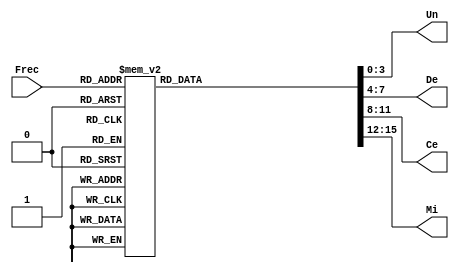
`timescale 1ns / 1ps
//////////////////////////////////////////////////////////////////////////////////
// Company: 
// Engineer: 
// 
// Design Name: 
// Module Name:    Codifica_Frecuencia 
// Project Name: 
// Target Devices: 
// Tool versions: 
// Description: 
//
// Dependencies: 
//
// Revision: 
// Revision 0.01 - File Created
// Additional Comments: 
//
//////////////////////////////////////////////////////////////////////////////////
module Codifica_Frecuencia(
    input [2:0] Frec,
    output reg [3:0] Un,
    output reg [3:0] De,
    output reg [3:0] Ce,
    output reg [3:0] Mi
    );

always @*
begin
	case (Frec)
	
	//Con Frec = 000 el numero a mostrar es 30.
	3'b000:begin
		Un <= 4'b0000;
		De <= 4'b0011;
		Ce <= 4'b1010;	//Apagado
		Mi <= 4'b1010;	//Apagado
	end
	
	3'b001:begin
		Un <= 4'b0000;
		De <= 4'b0101;
		Ce <= 4'b1010;
		Mi <= 4'b1010;
	end
	
	3'b010:begin
		Un <= 4'b0101;
		De <= 4'b0111;
		Ce <= 4'b1010;
		Mi <= 4'b1010;
	end
	
	3'b011:begin
		Un <= 4'b0000;
		De <= 4'b0000;
		Ce <= 4'b0001;
		Mi <= 4'b1010;
	end
	
	3'b100:begin
		Un <= 4'b0101;
		De <= 4'b0010;
		Ce <= 4'b0001;
		Mi <= 4'b1010;
	end
	
	3'b101:begin
		Un <= 4'b0000;
		De <= 4'b0101;
		Ce <= 4'b0001;
		Mi <= 4'b1010;
	end
	
	3'b110:begin
		Un <= 4'b0101;
		De <= 4'b0111;
		Ce <= 4'b0001;
		Mi <= 4'b1010;
	end
	
	3'b111:begin
		Un <= 4'b0000;
		De <= 4'b0000;
		Ce <= 4'b0010;
		Mi <= 4'b1010;
	end
	
	endcase

end

endmodule